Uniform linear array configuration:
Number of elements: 32
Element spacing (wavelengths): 0.75
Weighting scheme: binomial
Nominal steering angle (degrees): -15
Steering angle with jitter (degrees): -16.094
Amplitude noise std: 0.05
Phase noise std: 0.05

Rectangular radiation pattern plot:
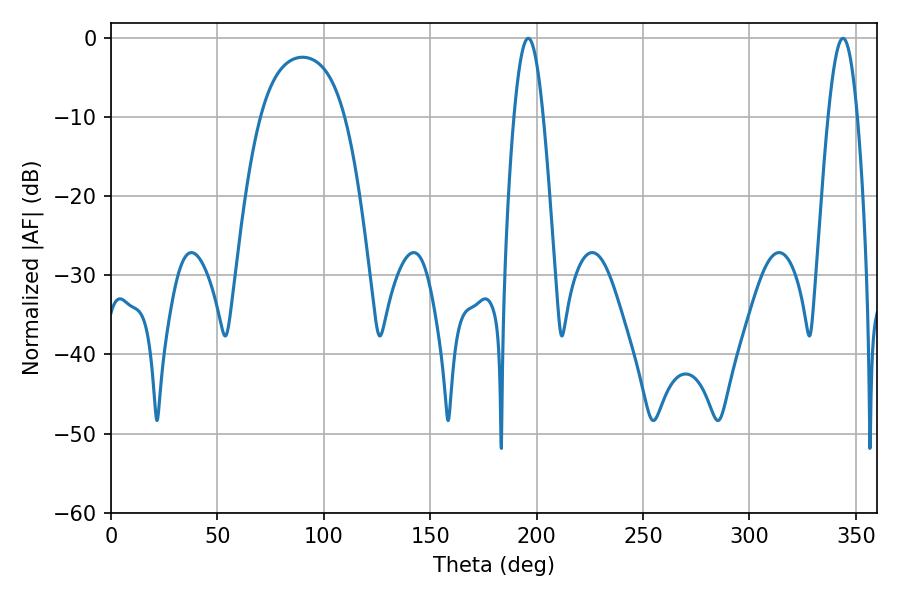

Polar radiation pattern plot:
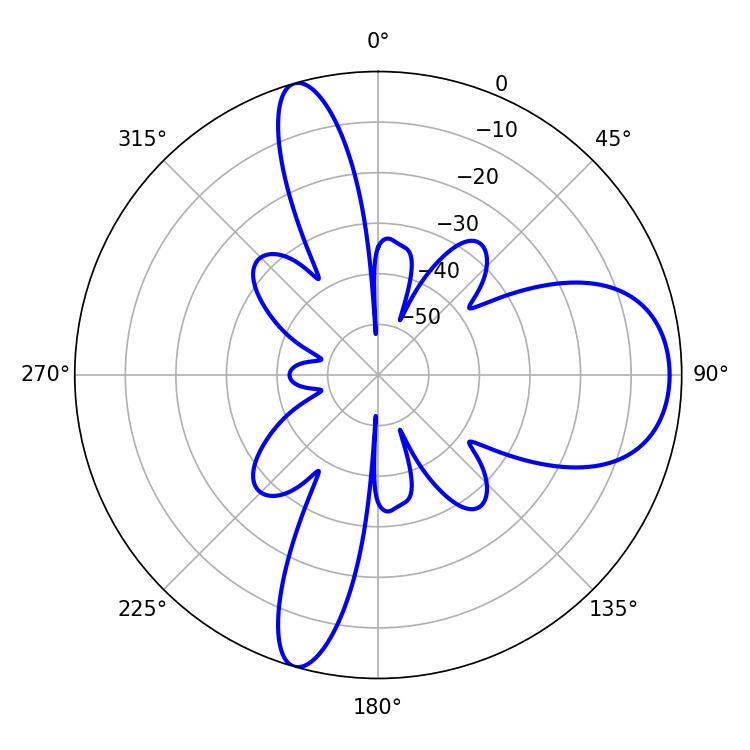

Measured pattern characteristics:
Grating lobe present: TRUE
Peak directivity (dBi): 10.091
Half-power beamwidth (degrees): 7.38
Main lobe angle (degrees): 196.02